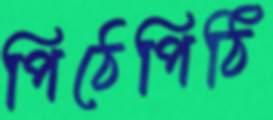
পিঠেপিঠি